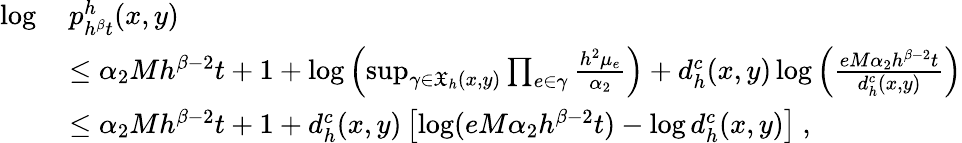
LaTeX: \begin{array}{rl}{\log\, }&{p_{h^{\beta}t}^{h}(x,y)}\\ &{\leq\alpha_{2}Mh^{\beta-2}t+1+\log\left(\operatorname*{sup}_{\gamma\in\mathfrak{X}_{h}(x,y)}\prod_{e\in\gamma}\frac{h^{2}\mu_{e}}{\alpha_{2}}\right)+d_{h}^{c}(x,y)\log\left(\frac{eM\alpha_{2}h^{\beta-2}t}{d_{h}^{c}(x,y)}\right)}\\ &{\leq\alpha_{2}Mh^{\beta-2}t+1+d_{h}^{c}(x,y)\left[\log(eM\alpha_{2}h^{\beta-2}t)-\log d_{h}^{c}(x,y)\right]\ ,}\end{array}